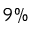
9 \%